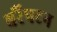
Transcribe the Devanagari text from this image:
बरैंपटन